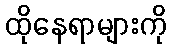
ထိုနေရာများကို